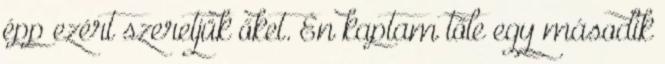
épp ezért szeretjük őket. Én kaptam tőle egy második